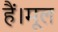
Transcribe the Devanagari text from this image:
हैं।मूल